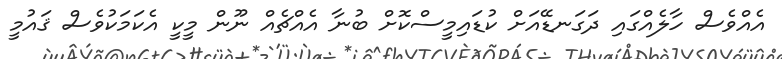
އެއްވެސް ހާލެއްގައި ދަގަނޑޭއަށް ކުޑައިމީސްކޮށް ބުނާ އެއްޗެއް ނޫން މީކީ އެކަމަކުވެސް ޤައުމީ